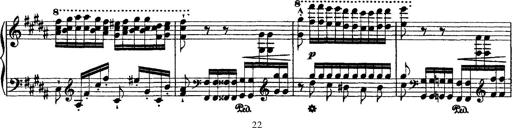
Title: Grandes Ã©tudes de Paganini
Composer: Franz Liszt